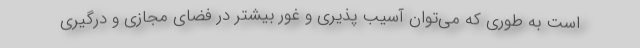
است به طوری که می‌توان آسیب پذیری و غور بیشتر در فضای مجازی و درگیری